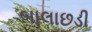
બાલાછડી